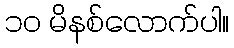
၁၀ မိနစ်လောက်ပါ။